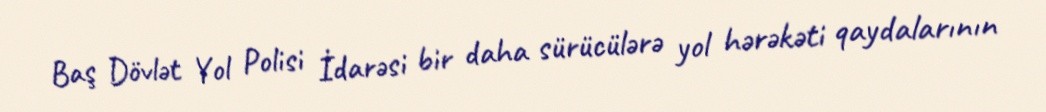
Baş Dövlət Yol Polisi İdarəsi bir daha sürücülərə yol hərəkəti qaydalarının